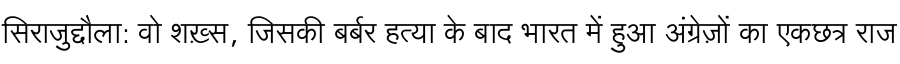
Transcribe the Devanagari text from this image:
सिराजुद्दौला: वो शख़्स, जिसकी बर्बर हत्या के बाद भारत में हुआ अंग्रेज़ों का एकछत्र राज